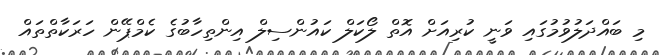
މި ބައްދަލުވުމުގައި ވަނީ ކުރިއަށް އޮތް ލޯކަލް ކައުންސިލް އިންތިހާބުގެ ކެމްޕޭން ހަރަކާތްތައް